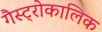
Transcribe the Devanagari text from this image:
गैस्ट्रोकालिक